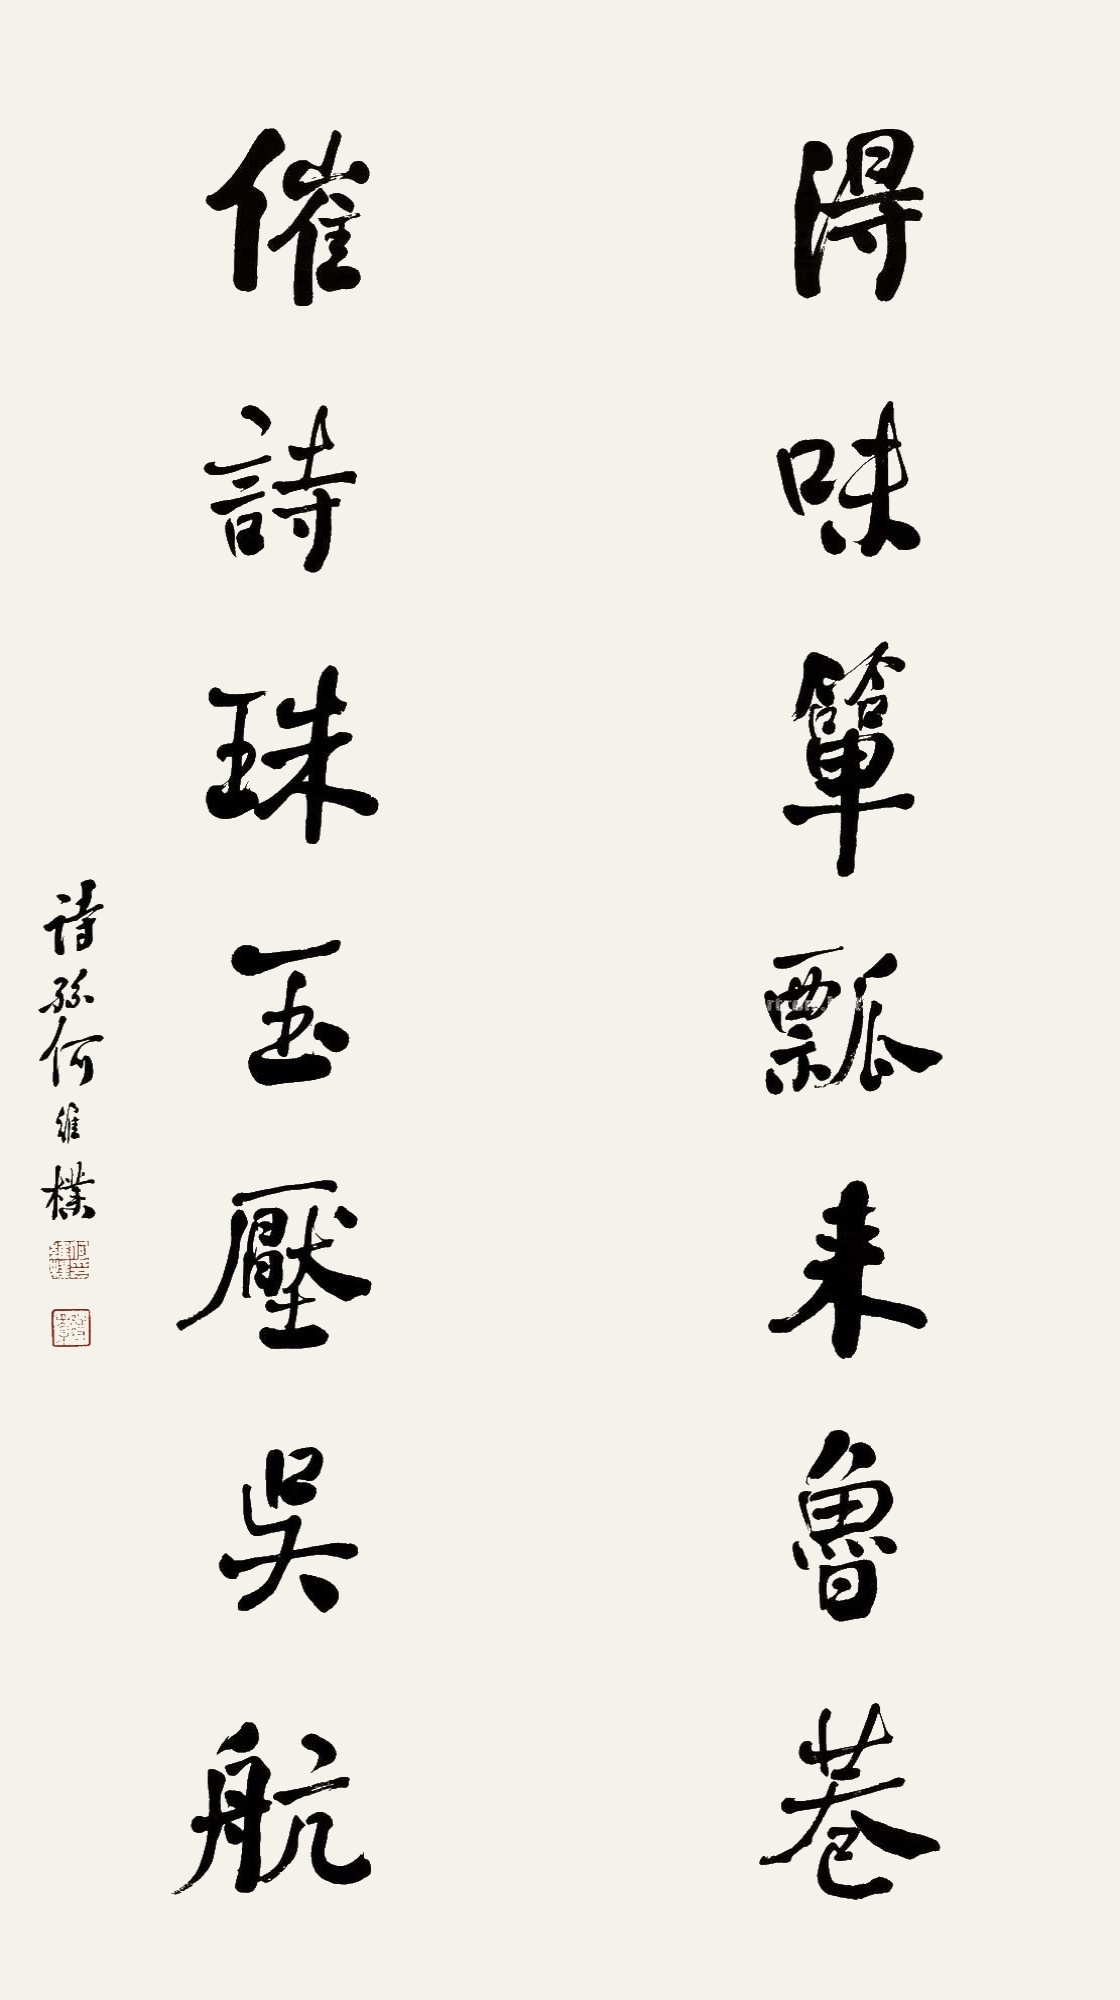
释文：得味箪瓢来鲁巷，催诗珠玉压吴航。诗孙何维朴。